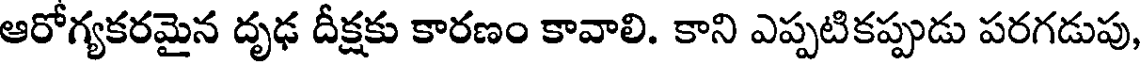
ఆరోగ్యకరమైన దృఢ దీక్షకు కారణం కావాలి. కాని ఎప్పటికప్పుడు పరగడుపు,